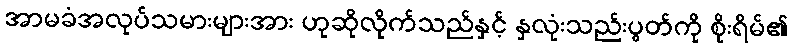
အာမခံအလုပ်သမားများအား ဟုဆိုလိုက်သည်နှင့် နှလုံးသည်းပွတ်ကို စိုးရိမ်၏